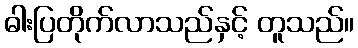
ဓါးပြတိုက်လာသည်နှင့် တူသည်။